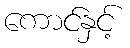
ကောင်နှင့်